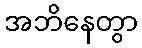
အဘိနေတွာ